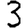
Digit: 3